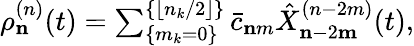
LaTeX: \begin{array}{r}{\rho_{\mathbf n}^{(n)}(t)=\sum_{\{ m_{k}=0\} }^{\{ \lfloor n_{k}/2\rfloor\} }\bar{c}_{\mathbf nm}\hat{X}_{\mathbf{n}-2\mathbf{m}}^{(n-2m)}(t),}\end{array}